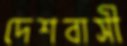
দেশবাসী